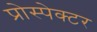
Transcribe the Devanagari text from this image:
प्रोस्पेक्टर